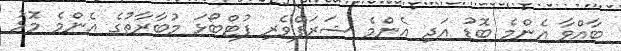
ބާއްވާ އެންމެ ބޮޑު އަދި އެންމެ ޝަރަފްވެރި ފުޓްބޯޅަ މުބާރާތުގެ އެންމެ މޮޅު